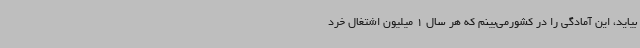
بیاید، این آمادگی را در کشورمی‌بینم که هر سال 1 میلیون اشتغال خرد